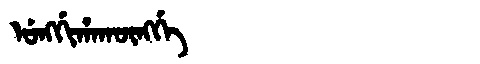
Manchu: ᡠᠩᡤᡳᡥᠠᡴᡡᠩᡤᡝ
Romanization: UNGGIHAKŪNGGE